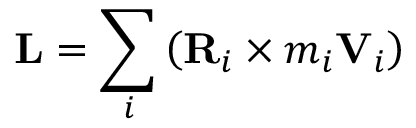
\mathbf { L } = \sum _ { i } \left( \mathbf { R } _ { i } \times m _ { i } \mathbf { V } _ { i } \right)